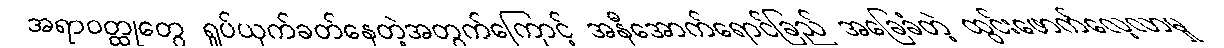
အရာဝတ္ထုတွေ ရှုပ်ယှက်ခတ်နေတဲ့အတွက်ကြောင့် အနီအောက်ရောင်ခြည် အခြေခံတဲ့ ထွင်းဖောက်လေ့လာမှု